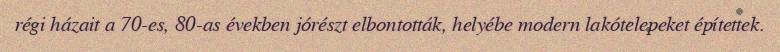
régi házait a 70-es, 80-as években jórészt elbontották, helyébe modern lakótelepeket építettek.